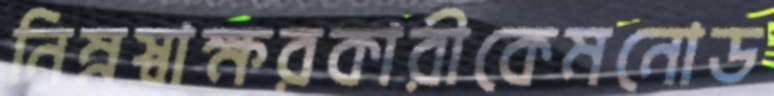
নিম্নস্বাক্ষরকারীকেমনোড